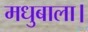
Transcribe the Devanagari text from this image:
मधुबाला।